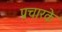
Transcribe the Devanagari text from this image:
प्रचारके